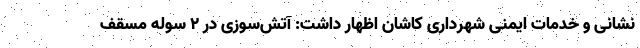
نشانی و خدمات ایمنی شهرداری کاشان اظهار داشت: آتش‌سوزی در ۲ سوله مسقف